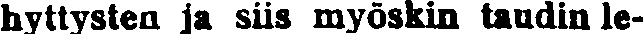
hyttysten ja siis myöskin taudin le-